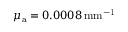
\mu _ { { \mathrm a } } = 0 . 0 0 0 8 \, \mathrm { { m m } ^ { - 1 } }